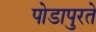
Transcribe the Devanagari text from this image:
पोडापुरते